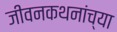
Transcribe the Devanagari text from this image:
जीवनकथनांच्या